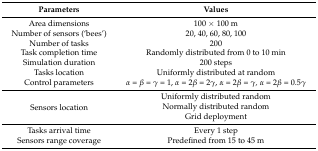
| Parameters | Values |
 | --- | --- |
 | Area dimensions | 100 × 100 m |
 | Number of sensors (‘bees’) | 20, 40, 60, 80, 100 |
 | Number of tasks | 200 |
 | Task completion time | Randomly distributed from 0 to 10 min |
 | Simulation duration | 200 steps |
 | Tasks location | Uniformly distributed at random |
 | Control parameters | α = β = γ = 1, α = 2β = 2γ, α = 2β = γ, α = 2β = 0.5γ |
 | <ROWSPAN=3> Sensors location | Uniformly distributed random |
 | Normally distributed random |
 | Grid deployment |
 | Tasks arrival time | Every 1 step |
 | Sensors range coverage | Predefined from 15 to 45 m |